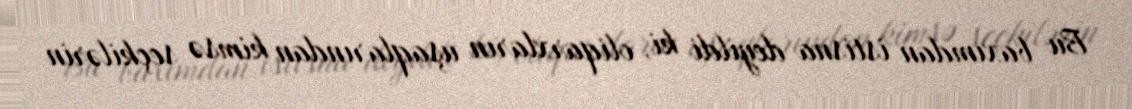
Bu baxımdan istisna deyildi ki, oliqarxların uşaqlarından kimsə seçkilərin